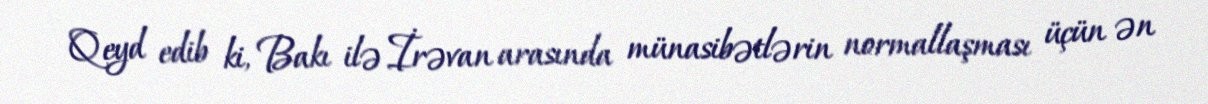
Qeyd edib ki, Bakı ilə İrəvan arasında münasibətlərin normallaşması üçün ən